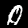
Label: 0